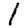
Digit: 1